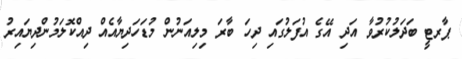
ޕާރޓީ ބަދަލުކުރުވާ އަދި އޭގެ އުފަލުގައި ދިހަ ބާރަ މިލިއަނުން މުޑަހަދިޔާއެއް ދިއްކޮލަމުންދިޔައިރު